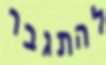
להתגבר